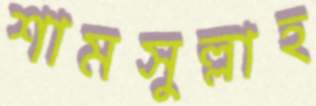
শামসুল্লাহ